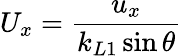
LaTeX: U_{x}=\frac{u_{x}}{k_{L1}\sin\theta}